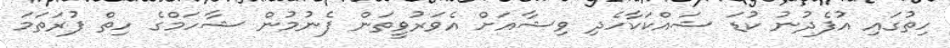
ހިތުގައި އުފެދުނު ކުޑަ ޝައްކަކާހެދި ވިޝާއަށް އެވަރުވީތަން ފެނުމުން ޝާހަމްގެ ހިތް ފުރަތަމަ